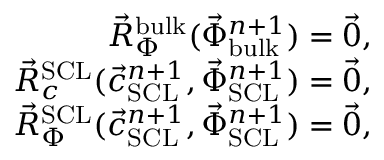
\begin{array} { r } { \vec { R } _ { \Phi } ^ { \mathrm { b u l k } } ( \vec { \Phi } _ { \mathrm { b u l k } } ^ { n + 1 } ) = \vec { 0 } , } \\ { \vec { R } _ { c } ^ { \mathrm { S C L } } ( \vec { c } _ { \mathrm { S C L } } ^ { n + 1 } , \vec { \Phi } _ { \mathrm { S C L } } ^ { n + 1 } ) = \vec { 0 } , } \\ { \vec { R } _ { \Phi } ^ { \mathrm { S C L } } ( \vec { c } _ { \mathrm { S C L } } ^ { n + 1 } , \vec { \Phi } _ { \mathrm { S C L } } ^ { n + 1 } ) = \vec { 0 } , } \end{array}